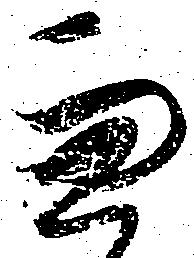
兼